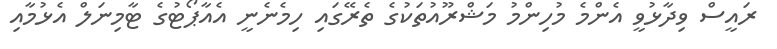
ރައީސް ވިދާޅުވީ އެންމެ މުހިންމު މަޝްރޫއުތަކުގެ ތެރޭގައި ހިމެނެނީ އެއާޕޯޓުގެ ޓާމިނަލް އެޅުމާއި